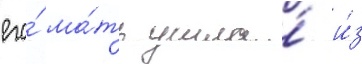
его́ ма́ть ушла́ и́з